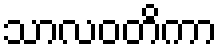
သာလဝတိကာ